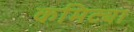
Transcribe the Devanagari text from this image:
कमिट्या